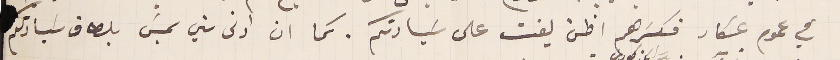
في عموم عكار فكسَرهم اظن يفت على سَيادتكم. كما ان ادنى سني يمسَ بلطاف سَيادتكم